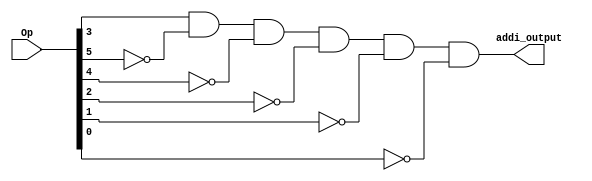
// This program was cloned from: https://github.com/FIUSCIS-CDA/Instructions
// License: MIT License

// Copyright (C) 2020  Intel Corporation. All rights reserved.
// Your use of Intel Corporation's design tools, logic functions 
// and other software and tools, and any partner logic 
// functions, and any output files from any of the foregoing 
// (including device programming or simulation files), and any 
// associated documentation or information are expressly subject 
// to the terms and conditions of the Intel Program License 
// Subscription Agreement, the Intel Quartus Prime License Agreement,
// the Intel FPGA IP License Agreement, or other applicable license
// agreement, including, without limitation, that your use is for
// the sole purpose of programming logic devices manufactured by
// Intel and sold by Intel or its authorized distributors.  Please
// refer to the applicable agreement for further details, at
// https://fpgasoftware.intel.com/eula.

// PROGRAM		"Quartus Prime"
// VERSION		"Version 20.1.1 Build 720 11/11/2020 SJ Lite Edition"
// CREATED		"Thu May 18 13:22:31 2023"

module ADDI(
	Op,
	addi_output
);


input wire	[31:26] Op;
output wire	addi_output;

wire	NOTOp26;
wire	NOTOp27;
wire	NOTOp28;
wire	NOTOp30;
wire	NOTOp31;




assign	addi_output = Op[29] & NOTOp31 & NOTOp30 & NOTOp28 & NOTOp27 & NOTOp26;

assign	NOTOp31 =  ~Op[31];

assign	NOTOp30 =  ~Op[30];

assign	NOTOp28 =  ~Op[28];

assign	NOTOp27 =  ~Op[27];

assign	NOTOp26 =  ~Op[26];


endmodule